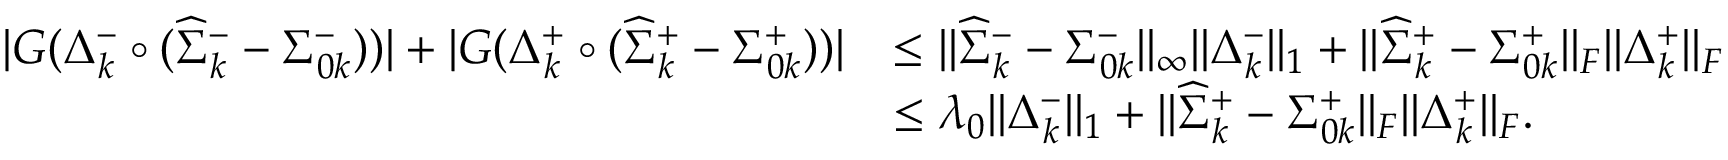
\begin{array} { r l } { | G ( \Delta _ { k } ^ { - } \circ ( \widehat { \Sigma } _ { k } ^ { - } - \Sigma _ { 0 k } ^ { - } ) ) | + | G ( \Delta _ { k } ^ { + } \circ ( \widehat { \Sigma } _ { k } ^ { + } - \Sigma _ { 0 k } ^ { + } ) ) | } & { \leq | | \widehat { \Sigma } _ { k } ^ { - } - \Sigma _ { 0 k } ^ { - } | | _ { \infty } | | \Delta _ { k } ^ { - } | | _ { 1 } + | | \widehat { \Sigma } _ { k } ^ { + } - \Sigma _ { 0 k } ^ { + } | | _ { F } | | \Delta _ { k } ^ { + } | | _ { F } } \\ & { \leq \lambda _ { 0 } | | \Delta _ { k } ^ { - } | | _ { 1 } + | | \widehat { \Sigma } _ { k } ^ { + } - \Sigma _ { 0 k } ^ { + } | | _ { F } | | \Delta _ { k } ^ { + } | | _ { F } . } \end{array}